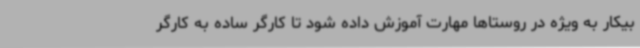
بیکار به ویژه در روستاها مهارت آموزش داده شود تا کارگر ساده به کارگر